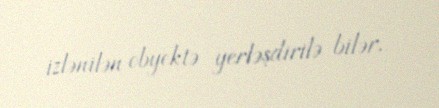
izlənilən obyektə yerləşdirilə bilər.